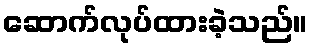
ဆောက်လုပ်ထားခဲ့သည်။